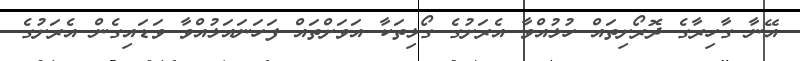
އޭނާ ގާހިރާގެ ދޮރޯށިތައް ހުޅުއްވާ އެރަށުގެ ގޯޅިތަކާ އަވަށްތައް ފަހަނައަޅުއްވާ ވަޑައިގެން އެރަށުގެ